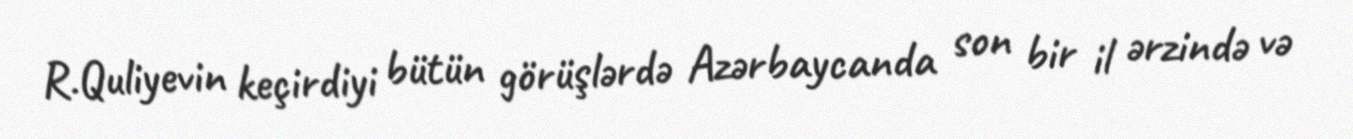
R.Quliyevin keçirdiyi bütün görüşlərdə Azərbaycanda son bir il ərzində və